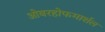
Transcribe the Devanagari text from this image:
ओबरहोफमार्शल